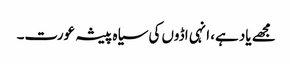
مجھے یاد ہے، انہی اڈوں کی سیاہ پیشہ عورت۔